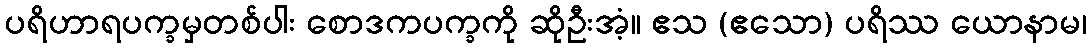
ပရိဟာရပက္ခမှတစ်ပါး စောဒကပက္ခကို ဆိုဦးအံ့။ ဧသ (ဧသော) ပရိဿ ယောနာမ၊